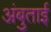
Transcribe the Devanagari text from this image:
अंबुताई